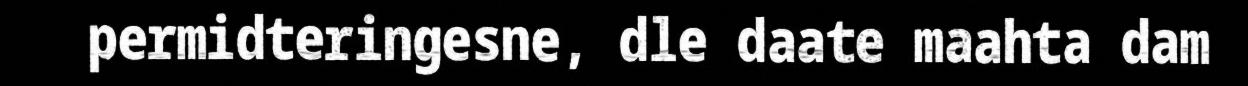
permidteringesne, dle daate maahta dam